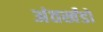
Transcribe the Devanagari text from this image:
अंतर्खंडों